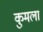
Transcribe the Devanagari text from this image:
कुमला